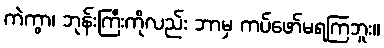
ကဲကွာ၊ ဘုန်းကြီးကိုလည်း ဘာမှ ကပ်ဖော်မရကြဘူး။